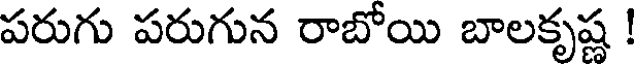
పరుగు పరుగున రాబోయి బాలకృష్ణ